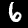
Digit: 6